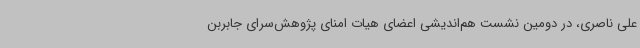
علی ناصری، در دومین نشست هم‌اندیشی اعضای هیات امنای پژوهش‌سرای جابربن